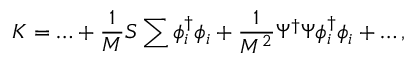
K = \ldots + \frac { 1 } { M } S \sum \phi _ { i } ^ { \dagger } \phi _ { i } + \frac { 1 } { M ^ { 2 } } \Psi ^ { \dagger } \Psi \phi _ { i } ^ { \dagger } \phi _ { i } + \ldots ,